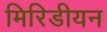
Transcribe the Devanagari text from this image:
मिरिडीयन